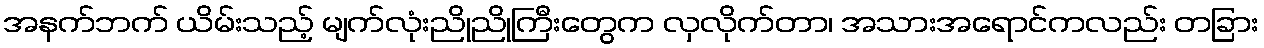
အနက်ဘက် ယိမ်းသည့် မျက်လုံးညိုညိုကြီးတွေက လှလိုက်တာ၊ အသားအရောင်ကလည်း တခြား